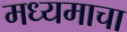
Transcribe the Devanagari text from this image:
मध्यमाचा